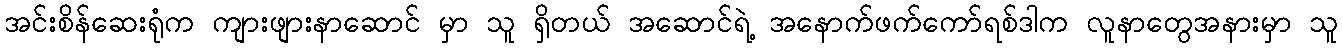
အင်းစိန်ဆေးရုံက ကျားဖျားနာဆောင် မှာ သူ ရှိတယ် အဆောင်ရဲ့ အနောက်ဖက်ကော်ရစ်ဒါက လူနာတွေအနားမှာ သူ